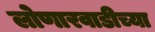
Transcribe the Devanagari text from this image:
लोणारवाडीच्या